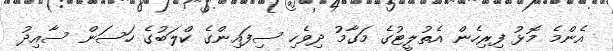
އެންމެ މޮޅު ފިރިހެން އެތުލީޓުގެ މަގާމު ދިވެހި ސިފައިންގެ ކްލަބުގެ ހަސަން ސާއިދު